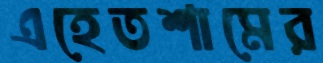
এহেতশামের